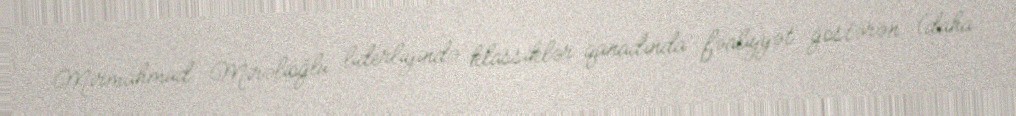
Mirmahmud Mirəlioğlu liderliyində klassiklər qanadında fəaliyyət göstərən (daha